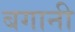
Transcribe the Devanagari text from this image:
बगानी